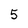
Character: 5